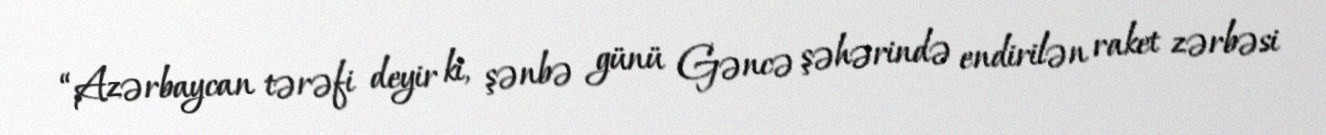
“Azərbaycan tərəfi deyir ki, şənbə günü Gəncə şəhərində endirilən raket zərbəsi